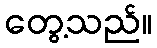
တွေ့သည်။